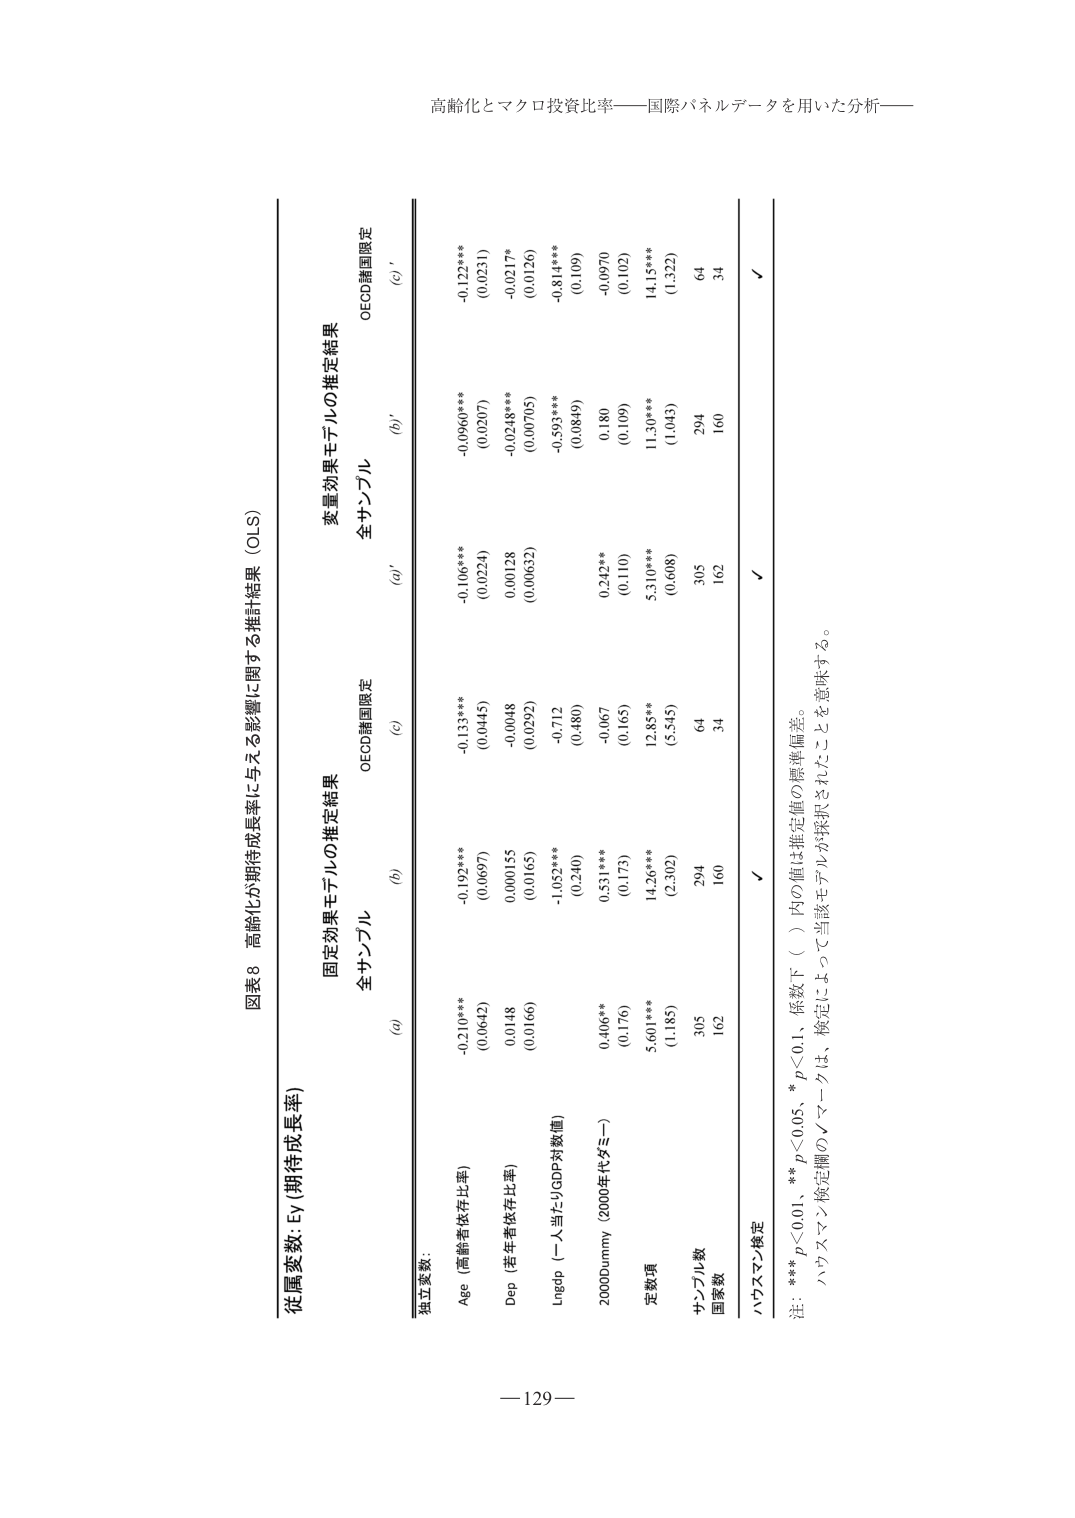
高齢化とマクロ投資比率——国際パネルデータを用いた分析——

図表8 高齢化が期待成長率に与える影響に関する推計結果（OLS）

従属変数: Ey（期待成長率）

固定効果モデルの推定結果
変量効果モデルの推定結果

全サンプル
全サンプル

(a)
(b)
(c)
(a)'
(b)'
(c)'

独立変数:

Age（高齢者依存比率）
-0.210***
-0.192***
-0.133***
-0.1106***
-0.0960***
-0.122***
(0.0642)
(0.0697)
(0.0445)
(0.0224)
(0.0207)
(0.0231)

Dep（老年者依存比率）
0.0148
0.000155
-0.0048
0.00128
-0.0248***
-0.0217*
(0.0166)
(0.0165)
(0.0292)
(0.00632)
(0.00705)
(0.0126)

Lndpb（一人当たりGDP対数値）
-1.052***
-0.712
-0.593***
(0.240)
(0.480)
(0.08849)

2000Dummy（2000年代ダミー）
0.406**
0.531***
-0.067
0.242**
0.180
-0.0970
(0.176)
(0.173)
(0.165)
(0.110)
(0.109)
(0.102)

定数項
5.601***
14.26***
12.85**
5.310***
11.30***
14.15***
(1.185)
(2.302)
(5.545)
(0.608)
(1.043)
(1.322)

サンプル数
305
294
64
305
294
64

国数
162
160
34
162
160
34

ハウスマン検定
✓
✓

注: *** p<0.01、** p<0.05、* p<0.1、括弧下（ ）内の値は推定値の標準偏差。
ハウスマン検定欄の✓マークは、検定によって当該モデルが採択されたことを意味する。

—129—